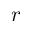
r